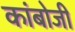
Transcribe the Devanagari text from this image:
कांबोजी